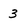
Character: 3